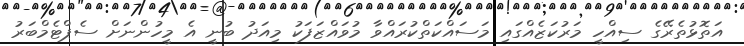
އަތޮޅުތެރޭގެ ސިއްހީ މަރުކަޒެއްގައި މަސައްކަތްކުރައްވާ މުވައްޒަފަކު މިއަދު ބުނީ އެ މީހުންނަށް ސެޕްޓެމްބަރު